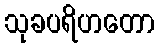
သုခပရိဟတော